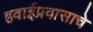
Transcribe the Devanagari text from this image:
हवाईप्रवासाचे